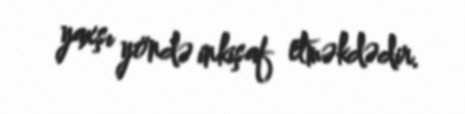
yaxşı yöndə inkişaf etməkdədir.